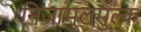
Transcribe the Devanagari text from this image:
निजामुलमुल्क